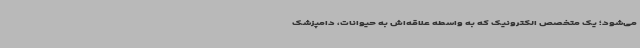
می‌شود؛ یک متخصص الکترونیک که به واسطه علاقه‌اش به حیوانات، دامپزشک